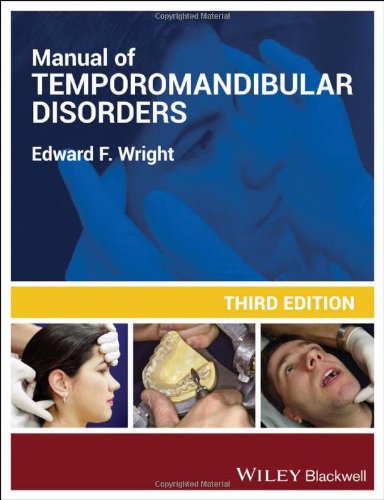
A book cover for Manual of Temporomandibular Disorders; Edward F. Wright; Medical Books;